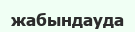
жабындауда